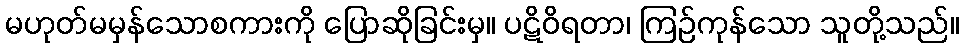
မဟုတ်မမှန်သောစကားကို ပြောဆိုခြင်းမှ။ ပဋိဝိရတာ၊ ကြဉ်ကုန်သော သူတို့သည်။